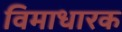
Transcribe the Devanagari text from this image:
विमाधारक